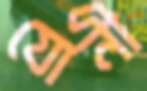
যোনী